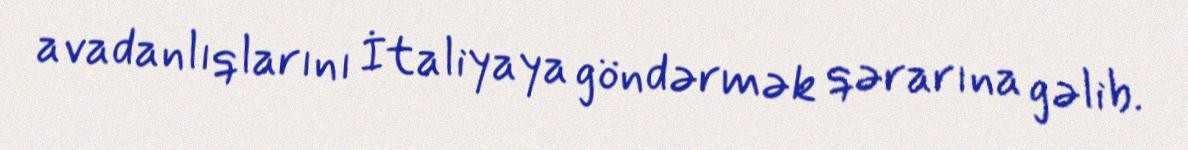
avadanlıqlarını İtaliyaya göndərmək qərarına gəlib.